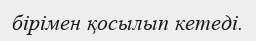
бірімен қосылып кетеді.